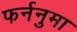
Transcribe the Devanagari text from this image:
फर्ननुमा